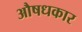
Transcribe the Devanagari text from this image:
औषधकार